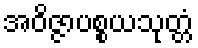
အဝိဇ္ဇာပစ္စယသုတ္တံ